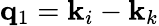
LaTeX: \mathbf{q}_{1}=\mathbf{k}_{i}-\mathbf{k}_{k}